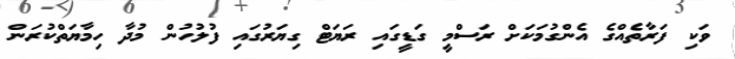
ވަކި ފަރާތެއްގެ އެންގުމަކަށް ރަސްމީ ގަޑީގައި ރަޔަޓް ގިޔަރުގައި ފުލުހުން މުދާ ހިމާޔަތްކުރަން